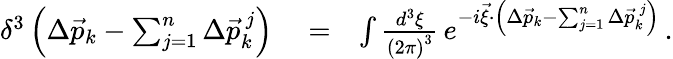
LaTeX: \begin{array}{rlr}{\delta^{3}\left(\Delta\vec{p}_{k}-\sum_{j=1}^{n}\Delta\vec{p}_{k}^{\, j}\right)}&{{}=}&{\int\frac{d^{3}\xi}{\left(2\pi\right)^{3}}\, e^{-i\vec{\xi}\cdot\left(\Delta\vec{p}_{k}-\sum_{j=1}^{n}\Delta\vec{p}_{k}^{\, j}\right)}\, .}\end{array}